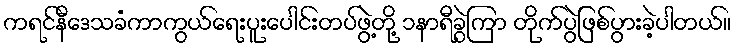
ကရင်နီဒေသခံကာကွယ်ရေးပူးပေါင်းတပ်ဖွဲ့တို့ ၁နာရီခွဲကြာ တိုက်ပွဲဖြစ်ပွားခဲ့ပါတယ်။